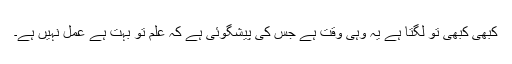
کبھی کبھی تو لگتا ہے یہ وہی وقت ہے جس کی پیشگوئی ہے کہ علم تو بہت ہے عمل نہیں ہے۔